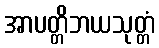
အာပတ္တိဘယသုတ္တံ